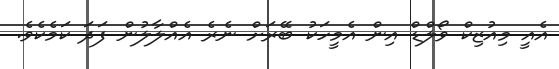
އެއީ މިއުޒިކް ވޯލްޑް އިން އެމީހަކު ބޭރަށް ނެރެ އެއްލާލުން ފަދަ ކަމެކެވެ.